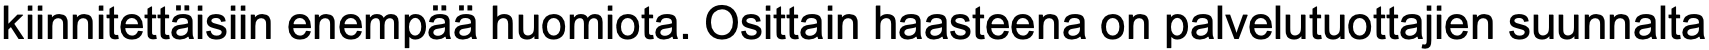
kiinnitettäisiin enempää huomiota. Osittain haasteena on palvelutuottajien suunnalta